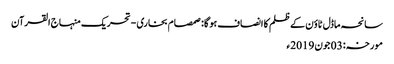
سانحہ ماڈل ٹاؤن کے ظلم کا انصاف ہو گا: صمصام بخاری - تحریک منہاج القرآن
مورخہ: 03 جون 2019ء